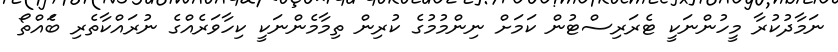
ނަމާދުކުރާ މީހުންނަކީ ޓެރަރިސްޓުން ކަމަށް ނިންމުމުގެ ކުރިން ތިމާމެންނަކީ ކިހާވަރެއްގެ ނުރައްކާތެރި ބަެއްތޯ